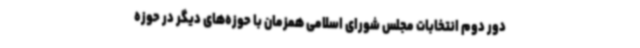
دور دوم انتخابات مجلس شورای اسلامی همزمان با حوزه‌های دیگر در حوزه